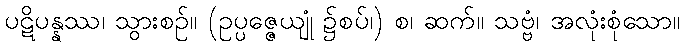
ပဋိပန္နဿ၊ သွားစဉ်။ (ဥပ္ပဇ္ဇေယျုံ ၌စပ်၊) စ၊ ဆက်။ သဗ္ဗံ၊ အလုံးစုံသော။